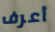
أعرف